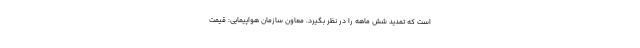
است که تمدید شش ماهه را در نظر بگیرد. معاون سازمان هواپیمایی: قیمت